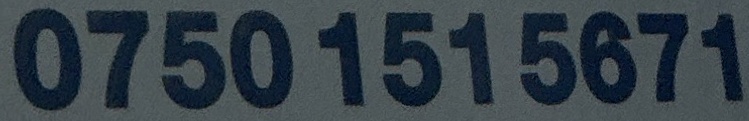
0750 151 5671